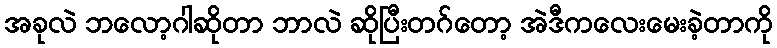
အခုလဲ ဘလော့ဂါဆိုတာ ဘာလဲ ဆိုပြီးတဂ်တော့ အဲဒီကလေးမေးခဲ့တာကို